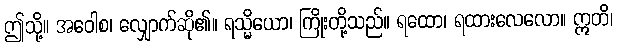
ဤသို့။ အဝေါစ၊ လျှောက်ဆို၏။ ရသ္မိယော၊ ကြိုးတို့သည်။ ရထော၊ ရထားလေလော။ ဣတိ၊